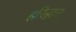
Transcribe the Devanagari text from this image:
हरिद्धार